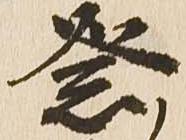
祭